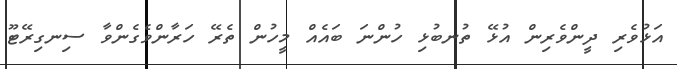
އަޅުވެރި ދީންވެރިން އުޅޭ ތުނބުޅި ހުންނަ ބައެއް މީހުން ތެރޭ ހަރާންވެގެންވާ ސިނގިރޭޓޫ